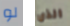
لو الذي